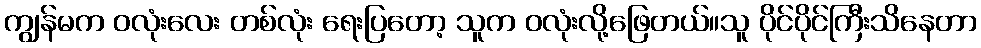
ကျွန်မက ဝလုံးလေး တစ်လုံး ရေးပြတော့ သူက ဝလုံးလို့ဖြေတယ်။သူ ပိုင်ပိုင်ကြီးသိနေတာ